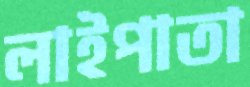
লাইপাতা